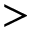
>